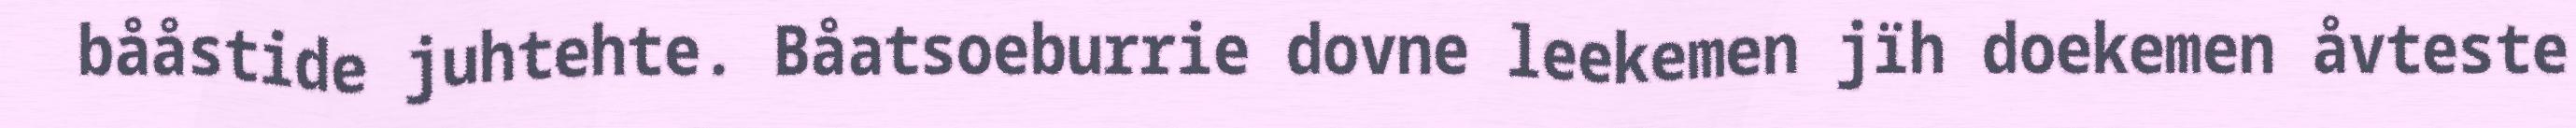
bååstide juhtehte. Båatsoeburrie dovne leekemen jïh doekemen åvteste